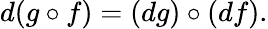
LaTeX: d(g\circ f)=(dg)\circ(df).